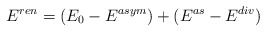
\begin{align*}E^{ren}=(E_0 - E^{asym}) + (E^{as}-E^{div }) \end{align*}